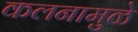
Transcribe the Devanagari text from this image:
कलनामुळे